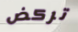
تركض